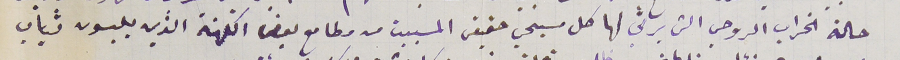
حالة الخراب الروحي التى يرثى لها كل مسيحي حقيقى المسببت من مطامع بعض الكهنة الذين يلبسون ثياب